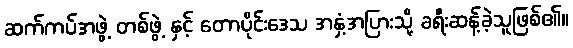
ဆက်ကပ်အဖွဲ့ တစ်ဖွဲ့ နှင့် တောပိုင်းဒေသ အနှံ့အပြားသို့ ခရီးဆန့်ခဲ့သူဖြစ်၏။